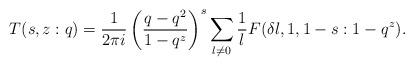
LaTeX: \begin{align*}T(s,z:q) = \frac{1}{2\pi i}\left( \frac{q-q^{2}}{1-q^{z}} \right)^{s} \sum_{l \ne 0} \frac{1}{l}F(\delta l,1,1-s:1-q^{z}). \end{align*}